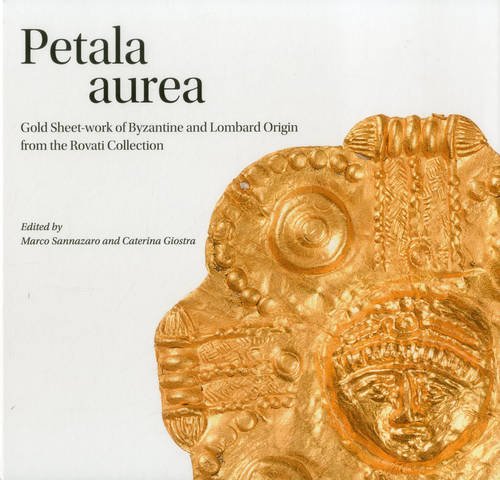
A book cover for Petala aurea: Gold Sheet-work of Byzantine and Lombard Origin from the Rovati Collection; Marco Sannazaro; Crafts, Hobbies & Home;